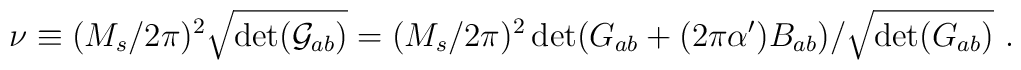
\nu\equiv(M_s/2\pi)^2\sqrt{\det({\cal G}_{ab})}= (M_s/2\pi)^2\det(G_{ab}+(2\pi\alpha^\prime) B_{ab})/\sqrt{\det({G}_{ab})}~.